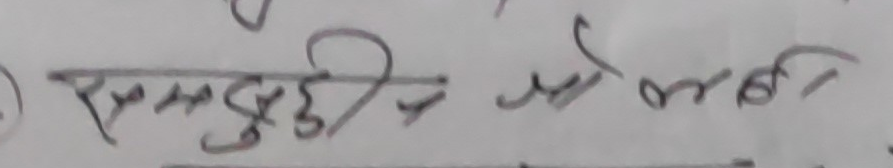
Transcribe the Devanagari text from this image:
२ म बुद्धिने उसको